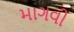
માગવી